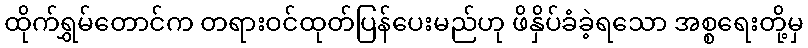
ထိုက်ရွှမ်တောင်က တရားဝင်ထုတ်ပြန်ပေးမည်ဟု ဖိနှိပ်ခံခဲ့ရသော အစ္စရေးတို့မှ